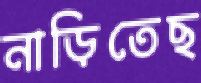
নাড়িতেছ